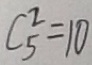
C ^ { 2 } _ { 5 } = 1 0